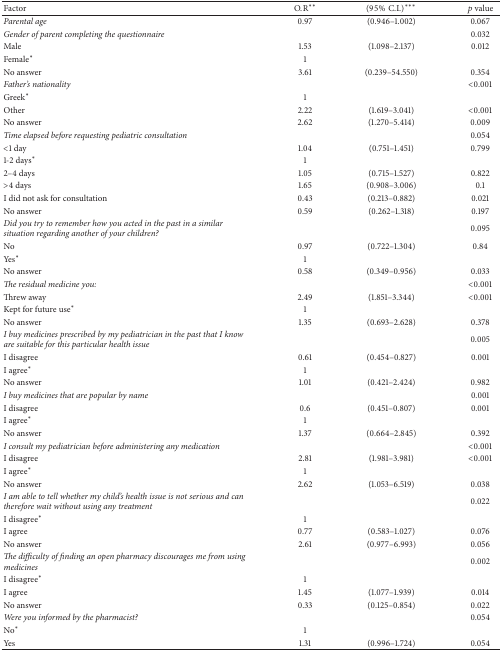
<table><thead><tr><td><b>Factor</b></td><td><b>O.R<sup><i>∗∗</i></sup></b></td><td><b>(95%C.I.)<sup><i>∗∗∗</i></sup></b></td><td><b><i>p</i> value</b></td></tr></thead><tbody><tr><td><i>Parental age</i></td><td>0.97</td><td>(0.946–1.002)</td><td>0.067</td></tr><tr><td><i>Gender of parent completing the questionnaire</i></td><td> </td><td> </td><td>0.032</td></tr><tr><td>Male</td><td>1.53</td><td>(1.098–2.137)</td><td>0.012</td></tr><tr><td>Female<sup><i>∗</i></sup></td><td>1</td><td> </td><td> </td></tr><tr><td>No answer</td><td>3.61</td><td>(0.239–54.550)</td><td>0.354</td></tr><tr><td><i>Father&#x27;s nationality</i></td><td> </td><td> </td><td>&lt;0.001</td></tr><tr><td>Greek<sup><i>∗</i></sup></td><td>1</td><td> </td><td> </td></tr><tr><td>Other</td><td>2.22</td><td>(1.619–3.041)</td><td>&lt;0.001</td></tr><tr><td>No answer</td><td>2.62</td><td>(1.270–5.414)</td><td>0.009</td></tr><tr><td><i>Time elapsed before requesting pediatric consultation </i></td><td> </td><td> </td><td>0.054</td></tr><tr><td>&lt;1 day</td><td>1.04</td><td>(0.751–1.451)</td><td>0.799</td></tr><tr><td>1-2 days<sup><i>∗</i></sup></td><td>1</td><td> </td><td> </td></tr><tr><td>2–4 days</td><td>1.05</td><td>(0.715–1.527)</td><td>0.822</td></tr><tr><td>&gt;4 days</td><td>1.65</td><td>(0.908–3.006)</td><td>0.1</td></tr><tr><td>I did not ask for consultation</td><td>0.43</td><td>(0.213–0.882)</td><td>0.021</td></tr><tr><td>No answer</td><td>0.59</td><td>(0.262–1.318)</td><td>0.197</td></tr><tr><td><i>Did you try to remember how you acted in the past in a similar situation regarding another of your children?</i></td><td> </td><td> </td><td>0.095</td></tr><tr><td>No</td><td>0.97</td><td>(0.722–1.304)</td><td>0.84</td></tr><tr><td>Yes<sup><i>∗</i></sup></td><td>1</td><td> </td><td> </td></tr><tr><td>No answer</td><td>0.58</td><td>(0.349–0.956)</td><td>0.033</td></tr><tr><td><i>The residual medicine you:</i></td><td> </td><td> </td><td>&lt;0.001</td></tr><tr><td>Threw away</td><td>2.49</td><td>(1.851–3.344)</td><td>&lt;0.001</td></tr><tr><td>Kept for future use<sup><i>∗</i></sup></td><td>1</td><td> </td><td> </td></tr><tr><td>No answer</td><td>1.35</td><td>(0.693–2.628)</td><td>0.378</td></tr><tr><td><i>I buy medicines prescribed by my pediatrician in the past that I know are suitable for this particular health issue </i></td><td> </td><td> </td><td>0.005</td></tr><tr><td>I disagree</td><td>0.61</td><td>(0.454–0.827)</td><td>0.001</td></tr><tr><td>I agree<sup><i>∗</i></sup></td><td>1</td><td> </td><td> </td></tr><tr><td>No answer</td><td>1.01</td><td>(0.421–2.424)</td><td>0.982</td></tr><tr><td><i>I buy medicines that are popular by name </i></td><td> </td><td> </td><td>0.001</td></tr><tr><td>I disagree</td><td>0.6</td><td>(0.451–0.807)</td><td>0.001</td></tr><tr><td>I agree<sup><i>∗</i></sup></td><td>1</td><td> </td><td> </td></tr><tr><td>No answer</td><td>1.37</td><td>(0.664–2.845)</td><td>0.392</td></tr><tr><td><i>I consult my pediatrician before administering any medication</i></td><td> </td><td> </td><td>&lt;0.001</td></tr><tr><td>I disagree</td><td>2.81</td><td>(1.981–3.981)</td><td>&lt;0.001</td></tr><tr><td>I agree<sup><i>∗</i></sup></td><td>1</td><td> </td><td> </td></tr><tr><td>No answer</td><td>2.62</td><td>(1.053–6.519)</td><td>0.038</td></tr><tr><td><i>I am able to tell whether my child&#x27;s health issue is not serious and can therefore wait without using any treatment</i></td><td> </td><td> </td><td>0.022</td></tr><tr><td>I disagree<sup><i>∗</i></sup></td><td>1</td><td> </td><td> </td></tr><tr><td>I agree</td><td>0.77</td><td>(0.583–1.027)</td><td>0.076</td></tr><tr><td>No answer</td><td>2.61</td><td>(0.977–6.993)</td><td>0.056</td></tr><tr><td><i>The difficulty of finding an open pharmacy discourages me from using medicines</i></td><td> </td><td> </td><td>0.002</td></tr><tr><td>I disagree<sup><i>∗</i></sup></td><td>1</td><td> </td><td> </td></tr><tr><td>I agree</td><td>1.45</td><td>(1.077–1.939)</td><td>0.014</td></tr><tr><td>No answer</td><td>0.33</td><td>(0.125–0.854)</td><td>0.022</td></tr><tr><td><i>Were you informed by the pharmacist?</i></td><td> </td><td> </td><td>0.054</td></tr><tr><td>No<sup><i>∗</i></sup></td><td>1</td><td> </td><td> </td></tr><tr><td>Yes</td><td>1.31</td><td>(0.996–1.724)</td><td>0.054</td></tr></tbody></table>